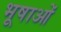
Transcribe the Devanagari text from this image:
भूषाओं